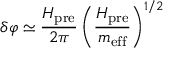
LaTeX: \delta \varphi \simeq \frac { H _ { \mathrm { p r e } } } { 2 \pi } \left( \frac { H _ { \mathrm { p r e } } } { m _ { \mathrm { e f f } } } \right) ^ { 1 / 2 }